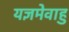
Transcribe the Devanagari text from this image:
यज्ञमेवाहु